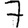
Digit: 7